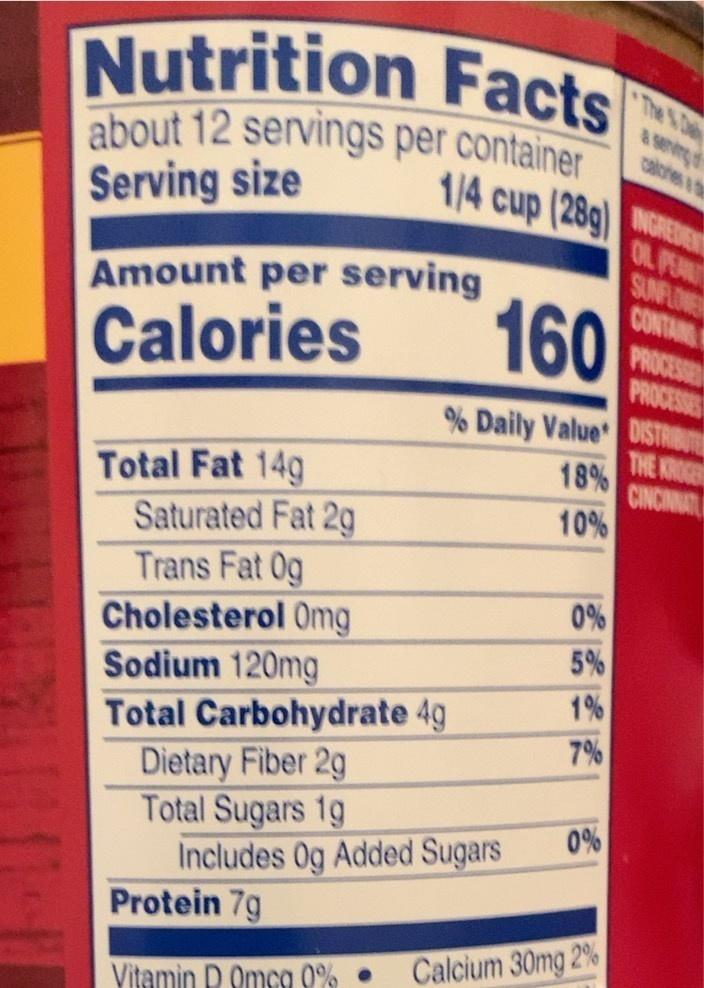
Nutrition Facts about 12 servings per container Serving size
8senvin calories & d
1/4 cup (28g) GREE
Amount per serving 160
ON PEA SUNFLONE CONTAN PROCESUR PROCESSE
Calories
% Daily Value DISTRINU THE KROGE 18% CINCINAT
Total Fat 14g Saturated Fat 2g Trans Fat 0g Cholesterol Omg Sodium 120mg Total Carbohydrate 4g
10%
0%
5%
1%
7%
Dietary Fiber 2g Total Sugars 1g Includes 0g Added Sugars
0%
Protein 7g
Calcium 30mg 2%
Vitamin D Omca 0% •